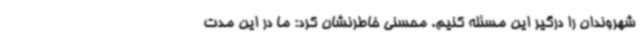
شهروندان را درگیر این مسئله کنیم. محسنی خاطرنشان کرد: ما در این مدت